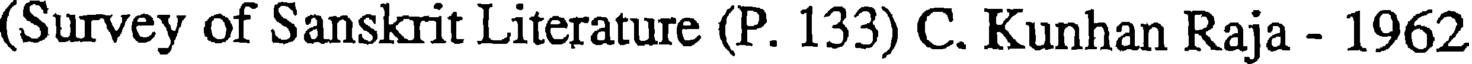
(Survey of Sanskrit Literature (P. 133) C. Kunhan Raja - 1962